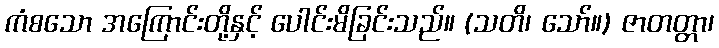
ကံစသော အကြောင်းတို့နှင့် ပေါင်းမိခြင်းသည်။ (သတိ၊ သော်။) ဇာတတ္တာ၊